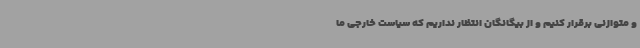
و متوازنی برقرار کنیم و از بیگانگان انتظار نداریم که سیاست خارجی ما